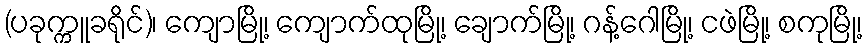
(ပခုက္ကူခရိုင်)၊ ကျောမြို့၊ ကျောက်ထုမြို့၊ ချောက်မြို့၊ ဂန့်ဂေါမြို့၊ ငဖဲမြို့၊ စကုမြို့၊